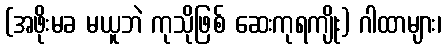
(အဖိုးမခ မယူဘဲ ကုသိုဖြစ် ဆေးကုရကျိုး) ဂါထာများ၊